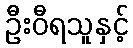
ဦးဝီရသူနှင့်